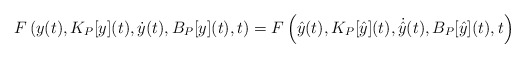
\begin{align*}F\left(y(t),K_P[y](t),\dot{y}(t),B_P[y](t),t\right)= F\left(\hat{y}(t),K_P[\hat{y}](t),\dot{\hat{y}}(t),B_P[\hat{y}](t),t\right)\end{align*}